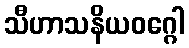
သီဟာသနိယဝဂ္ဂေါ